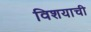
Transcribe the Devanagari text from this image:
विशयाची